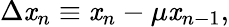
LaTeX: \Delta\mathit{x}_{n}\equiv\mathit{x}_{n}-\mu\mathit{x}_{n-1},